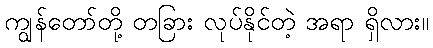
ကျွန်တော်တို့ တခြား လုပ်နိုင်တဲ့ အရာ ရှိလား။